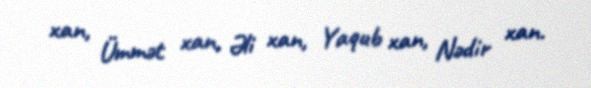
xan, Ümmət xan, Əli xan, Yaqub xan, Nədir xan.